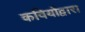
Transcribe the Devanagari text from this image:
कवियोंद्वारा